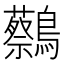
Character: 𪇭